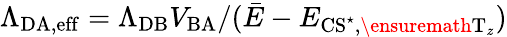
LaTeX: \Lambda_{\mathrm{DA,eff}}={\Lambda_{\mathrm{DB}}V_{\mathrm{BA}}}/({\bar{E}-E_{\mathrm{CS}^{\star},\ensuremath{\mathrm{T}}_{z}}})